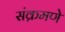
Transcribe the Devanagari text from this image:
संक्रमणे